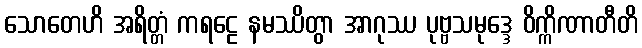
သောတေဟိ အရိတ္တံ ကရဠေ နမဿိတွာ အာဂုဿ ပုဗ္ဗသမုဒ္ဒေ ဝိက္ကိဏာတီတိ